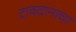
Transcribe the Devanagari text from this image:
टावदानाचा